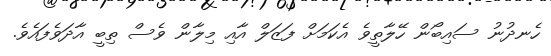
ހެނދުނު ސައިބޯން ހޭލާތީވެ އެކަމަށް ފަޒަލް އާއި މިލާން ވެސް ތިބީ އާދަވެފައެވެ.